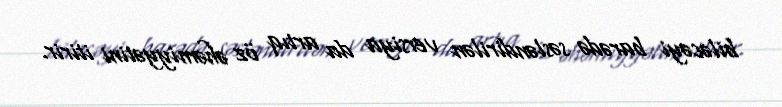
biləcəyi barədə səsləndirilən versiya da artıq öz əhəmiyyətini itirir.